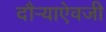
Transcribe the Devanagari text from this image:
दौर्‍याऐवजी